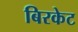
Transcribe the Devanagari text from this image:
बिरकेट